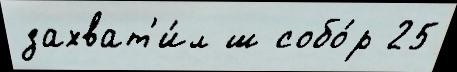
захват'и́л ш собо́р 25